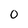
Character: 0